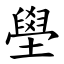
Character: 壆